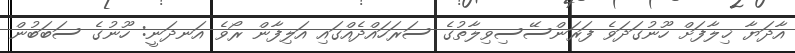
އާދަޔާ ޚިލާފަށް ހޫނުގަދަވެ ފަރަންސޭސިވިލާތުގެ ސަރަހައްދެއްގައި އަލިފާން ރޯވެ އަނދަނީ: ހޫނުގެ ސަބަބުން